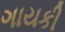
ગાયકી